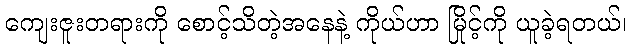
ကျေးဇူးတရားကို စောင့်သိတဲ့အနေနဲ့ ကိုယ်ဟာ မြိုင့်ကို ယူခဲ့ရတယ်၊